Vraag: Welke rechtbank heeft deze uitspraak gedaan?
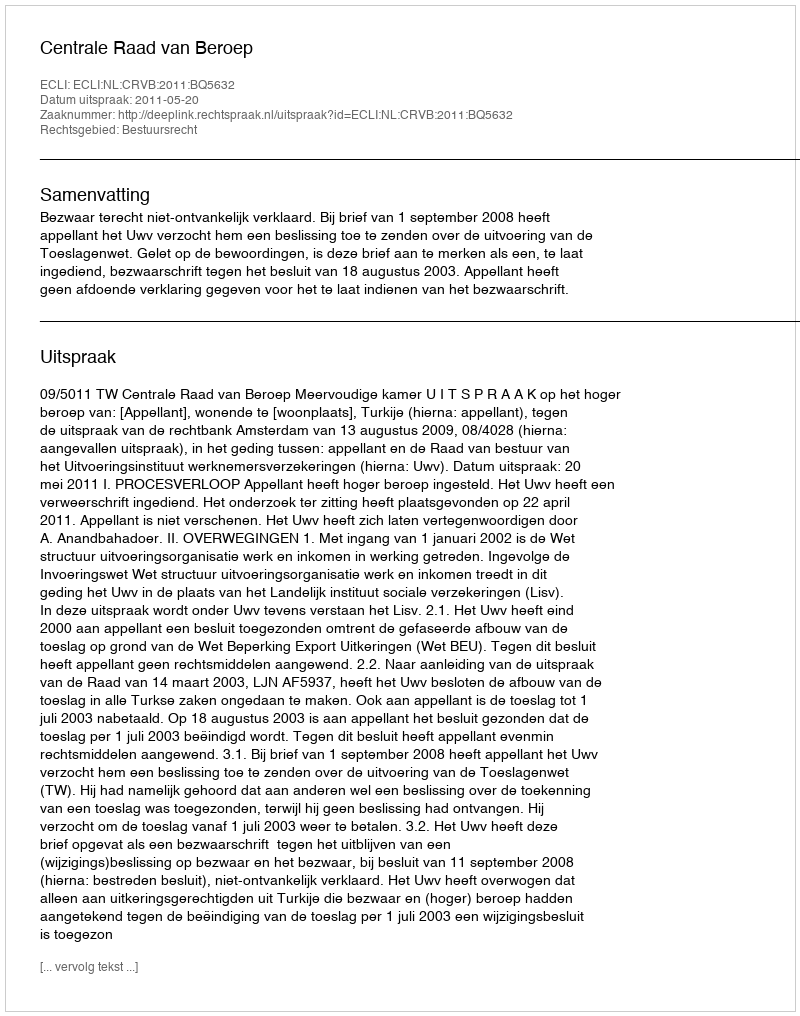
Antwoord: Centrale Raad van Beroep